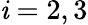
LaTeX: \mathit{i}=2,3